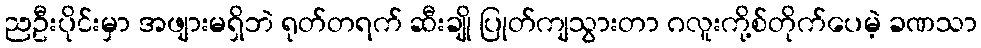
ညဦးပိုင်းမှာ အဖျားမရှိဘဲ ရုတ်တရက် ဆီးချို ပြုတ်ကျသွားတာ ဂလူးကို့စ်တိုက်ပေမဲ့ ခဏသာ